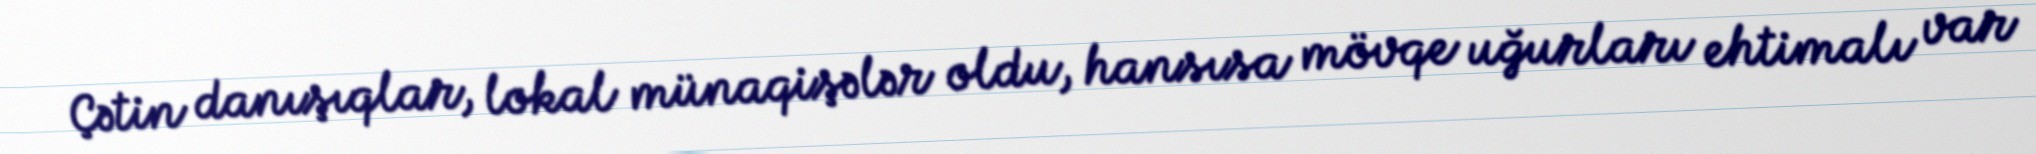
Çətin danışıqlar, lokal münaqişələr oldu, hansısa mövqe uğurları ehtimalı var